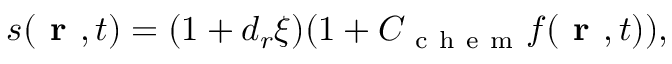
\begin{array} { r } { s ( \textbf { r } , t ) = ( 1 + d _ { r } \xi ) ( 1 + C _ { \mathrm { ~ c ~ h ~ e ~ m ~ } } f ( \textbf { r } , t ) ) , } \end{array}